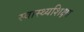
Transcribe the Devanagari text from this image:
स्वास्थ्यशिक्षा